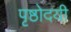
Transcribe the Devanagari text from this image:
पृष्ठोदयी